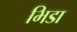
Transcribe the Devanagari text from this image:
भिडा